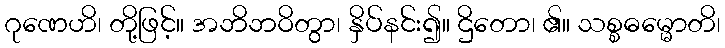
ဂုဏေဟိ၊ တို့ဖြင့်။ အဘိဘဝိတွာ၊ နှိပ်နင်း၍။ ဌိတော၊ ၏။ သစ္စဓမ္မောတိ၊